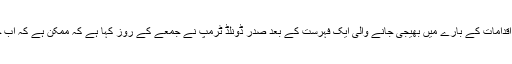
بیجنگ کی جانب امریکہ کو تجارتی کشیدگی کے حل سے متعلق اقدامات کے بارے میں بھیجی جانے والی ایک فہرست کے بعد صدر ڈونلڈ ٹرمپ نے جمعے کے روز کہا ہے کہ ممکن ہے کہ اب چین کے سامان پر مزید محصولات لگانے کی ضرورت نہ پڑے۔